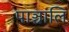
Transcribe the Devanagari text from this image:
पाञ्चालि